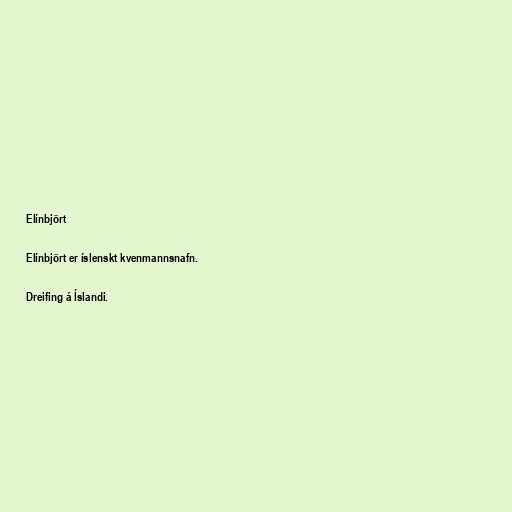
Elínbjört

Elínbjört er íslenskt kvenmannsnafn.

Dreifing á Íslandi.